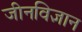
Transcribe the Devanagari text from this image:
जीनविज्ञान